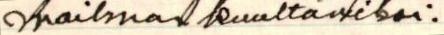
maailman kuultaviksi.